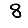
Digit: 8